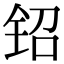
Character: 𬬿